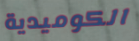
الكوميدية